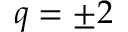
q = \pm 2